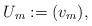
LaTeX: \begin{align*} U_m:=(v_m),\end{align*}